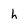
Character: h